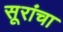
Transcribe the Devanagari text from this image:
सूरांचा